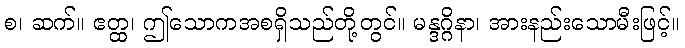
စ၊ ဆက်။ ဧတ္ထ၊ ဤသောကအစရှိသည်တို့တွင်။ မန္ဒဂ္ဂိနာ၊ အားနည်းသောမီးဖြင့်။